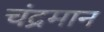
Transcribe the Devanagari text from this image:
चंद्रमान